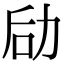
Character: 劶